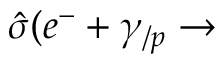
\hat { \sigma } ( e ^ { - } + \gamma _ { / p } \rightarrow